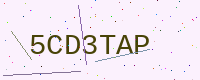
Text: 5CD3TAP